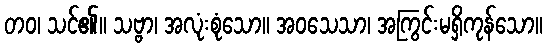
တဝ၊ သင်၏။ သဗ္ဗာ၊ အလုံးစုံသော။ အဝသေသာ၊ အကြွင်းမရှိကုန်သော။